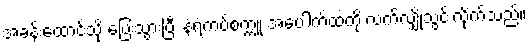
အခန်းထောင့်သို့ ပြေးသွားပြီး နံရံကပ်စက္ကူ အပေါက်ထဲကို လက်လျှိုသွင်းလိုက်သည်။